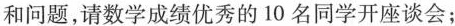
和问题，请数学成绩优秀的10名同学开座谈会；